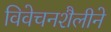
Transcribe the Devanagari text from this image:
विवेचनशैलीने